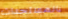
بالمستجدات